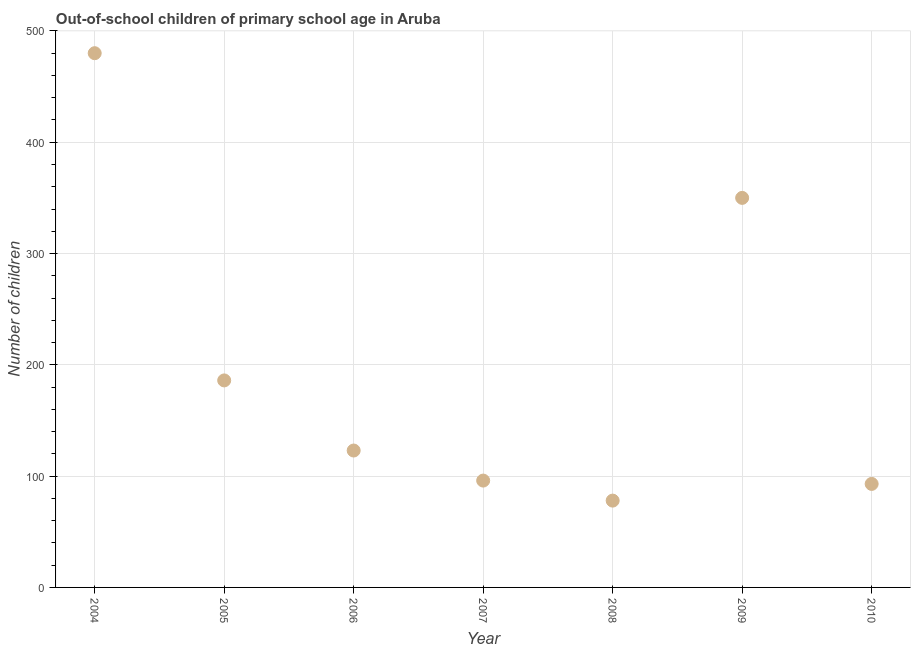
| Year | Out-of-school children of primary school age |
 | --- | --- |
 | 2004 | 480 |
 | 2005 | 186 |
 | 2006 | 123 |
 | 2007 | 96 |
 | 2008 | 78 |
 | 2009 | 350 |
 | 2010 | 93 |